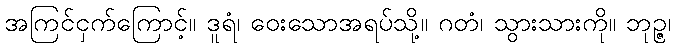
အကြင်ငှက်ကြောင့်။ ဒူရံ၊ ဝေးသောအရပ်သို့။ ဂတံ၊ သွားသားကို။ ဘုဉ္ဇ၊